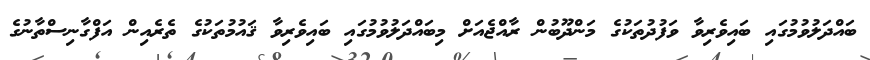
ބައްދަލުވުމުގައި ބައިވެރިވާ ވަފުދުތަކުގެ މަންދޫބުން ރާއްޖެއަށް މިބައްދަލުވުމުގައި ބައިވެރިވާ ޤައުމުތަކުގެ ތެރެއިން އަފްގާނިސްތާނުގެ